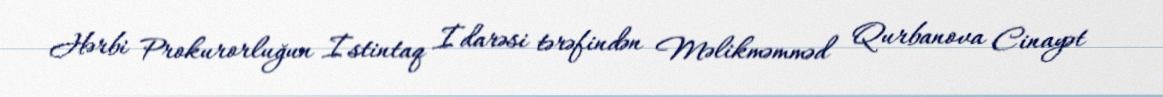
Hərbi Prokurorluğun İstintaq İdarəsi tərəfindən Məlikməmməd Qurbanova Cinayət